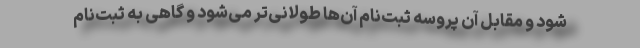
شود و مقابل آن پروسه ثبت‌نام آن‌ها طولانی‌تر می‌شود و گاهی به ثبت‌نام